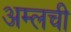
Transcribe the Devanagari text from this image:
अम्लची